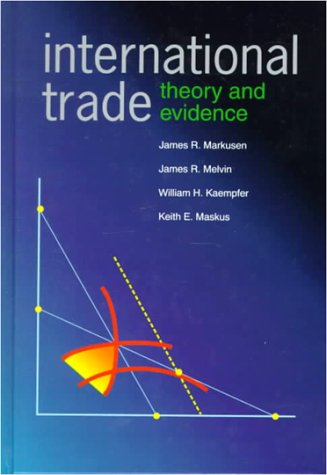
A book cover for International Trade: Theory and Evidence; James R Markusen; Business & Money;